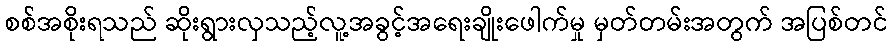
စစ်အစိုးရသည် ဆိုးရွားလှသည့်လူ့အခွင့်အရေးချိုးဖေါက်မှု မှတ်တမ်းအတွက် အပြစ်တင်